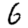
Digit: 6